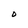
Character: O